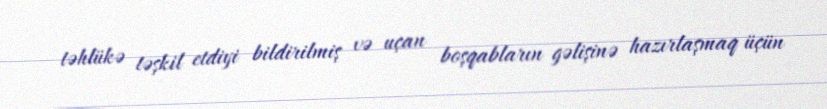
təhlükə təşkil etdiyi bildirilmiş və uçan boşqabların gəlişinə hazırlaşmaq üçün